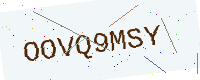
Text: OOVQ9MSY